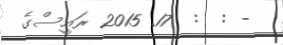
- :  :  17